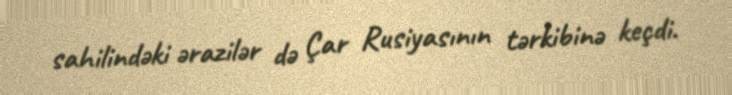
sahilindəki ərazilər də Çar Rusiyasının tərkibinə keçdi.